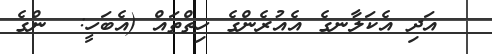
އަދި އެކަލާނގެ އެއުރެންގެ ހިތްތައް (އެބަހީ:  ންގެ